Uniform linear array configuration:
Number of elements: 4
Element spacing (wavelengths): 0.5
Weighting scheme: uniform
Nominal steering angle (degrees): -60
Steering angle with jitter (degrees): -58.684
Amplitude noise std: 0.05
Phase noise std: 0.05

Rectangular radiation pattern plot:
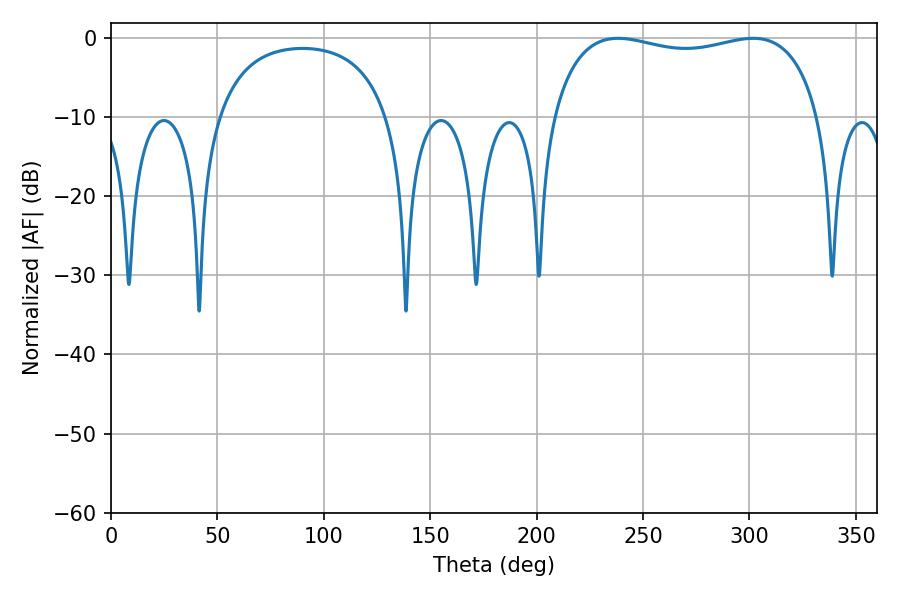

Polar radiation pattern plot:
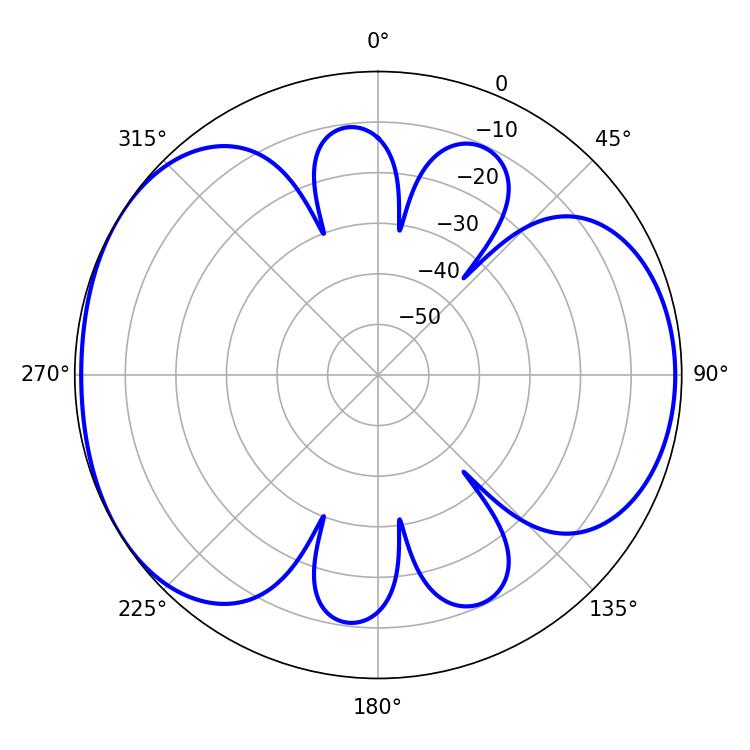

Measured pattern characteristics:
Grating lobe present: FALSE
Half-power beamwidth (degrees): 102.24
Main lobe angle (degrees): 238.32